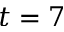
t = 7